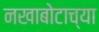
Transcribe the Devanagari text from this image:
नखाबोटाच्या